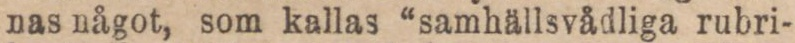
nas något, som kallas “samhällsvådliga rubri-